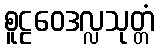
စူဠဝေဒလ္လသုတ္တံ